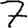
Digit: 7